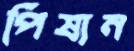
পিষান